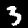
Label: 3